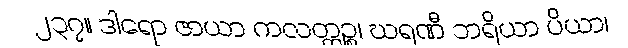
၂၃၇။ ဒါရော ဇာယာ ကလတ္တဉ္စ၊ ဃရဏီ ဘရိယာ ပိယာ၊